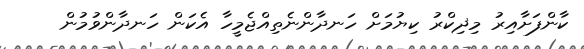
ކާންފަށާއިރު މިޛިކްރު ކިޔުމަށް ހަނދާންނެތިއްޖެމީހާ އެކަން ހަނދާންވުމުން